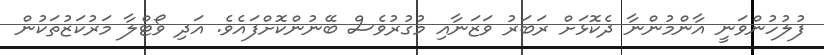
ފުލުހުންވަނީ އާންމުންނާ ދެކޮޅަށް ރަބަރު ވަޒަނާއި މުގުރުވެސް ބޭނުންކޮށްފައެވެ. އަދި ވޯޓްލާ މަރުކަޒުތަކުން